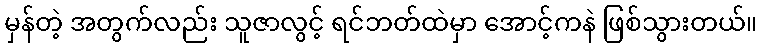
မှန်တဲ့ အတွက်လည်း သူဇာလွင့် ရင်ဘတ်ထဲမှာ အောင့်ကနဲ ဖြစ်သွားတယ်။